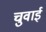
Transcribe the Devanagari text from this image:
चुवाई